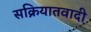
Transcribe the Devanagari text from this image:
सक्रियातवादी